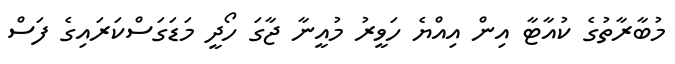
މުބާރާތުގެ ކުއާޓާ އިން އިއްޔެ ހަވީރު މުއީނާ ޖާގަ ހޯދީ މަޑަގަސްކަރައިގެ ފަސް